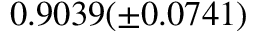
0 . 9 0 3 9 ( \pm 0 . 0 7 4 1 )